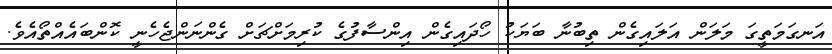
އަނގަމަތީގަ މަލަން އަލައިގެން ތިބުނާ ބަޔަކު ހޯދައިގެން އިންސާފުގެ ކުރިމަށްޗަށް ގެންނަންޖެހެނީ ކޮންބައެއްތޯއެވެ.